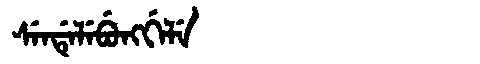
Manchu: ᠰᡝᠨᡩᡝᠯᡝᠪᡠᠩᡤᡝᠯᡝ
Romanization: SENDELEBUNGGELE